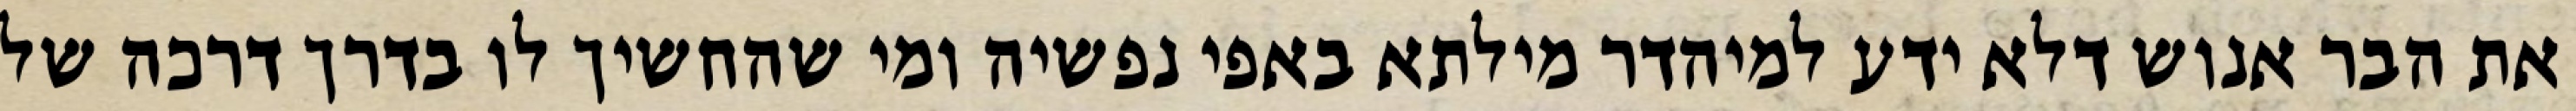
את הבר אנוש דלא ידע למיהדר מילתא באפי נפשיה ומי שהחשיך לו בדרך דרכה של